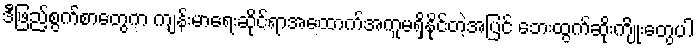
ဒီဖြည့်စွက်စာတွေက ကျန်းမာရေးဆိုင်ရာအထောက်အကူမရှိနိုင်တဲ့အပြင် ဘေးထွက်ဆိုးကျိုးတွေပါ